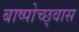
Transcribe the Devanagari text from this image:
बाष्पोच्छ्‌वास